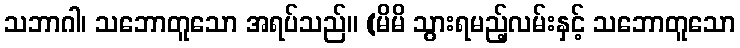
သဘာဂါ၊ သဘောတူသော အရပ်သည်။ (မိမိ သွားရမည့်လမ်းနှင့် သဘောတူသော